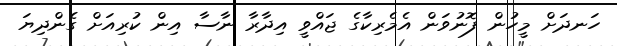
ހަނދަށް މީހުން ފޮނުވަން އެމެރިކާގެ ޖައްވީ އިދާރާ ނާސާ އިން ކުރިއަށް ގެންދިޔަ